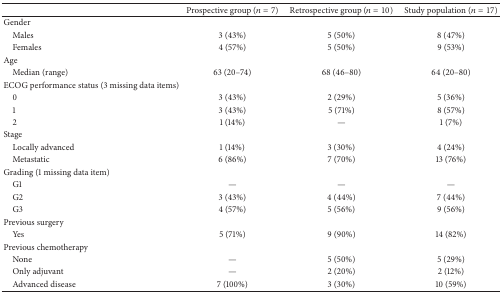
<table><thead><tr><td><b> </b></td><td><b>Prospective group (<i>n</i> = 7)</b></td><td><b>Retrospective group (<i>n</i> = 10)</b></td><td><b>Study population (<i>n</i> = 17)</b></td></tr></thead><tbody><tr><td>Gender</td><td> </td><td> </td><td> </td></tr><tr><td> Males</td><td>3 (43%)</td><td>5 (50%)</td><td>8 (47%)</td></tr><tr><td> Females</td><td>4 (57%)</td><td>5 (50%)</td><td>9 (53%)</td></tr><tr><td>Age </td><td> </td><td> </td><td> </td></tr><tr><td> Median (range)</td><td>63 (20–74)</td><td>68 (46–80)</td><td>64 (20–80)</td></tr><tr><td>ECOG performance status (3 missing data items)</td><td> </td><td> </td><td> </td></tr><tr><td> 0</td><td>3 (43%)</td><td>2 (29%)</td><td>5 (36%)</td></tr><tr><td> 1</td><td>3 (43%)</td><td>5 (71%)</td><td>8 (57%)</td></tr><tr><td> 2</td><td>1 (14%)</td><td>—</td><td>1 (7%)</td></tr><tr><td>Stage</td><td> </td><td> </td><td> </td></tr><tr><td> Locally advanced</td><td>1 (14%)</td><td>3 (30%)</td><td>4 (24%)</td></tr><tr><td> Metastatic </td><td>6 (86%)</td><td>7 (70%)</td><td>13 (76%)</td></tr><tr><td>Grading (1 missing data item)</td><td> </td><td> </td><td> </td></tr><tr><td> G1</td><td>—</td><td>—</td><td>—</td></tr><tr><td> G2</td><td>3 (43%)</td><td>4 (44%)</td><td>7 (44%)</td></tr><tr><td> G3</td><td>4 (57%)</td><td>5 (56%)</td><td>9 (56%)</td></tr><tr><td>Previous surgery</td><td> </td><td> </td><td> </td></tr><tr><td> Yes</td><td>5 (71%)</td><td>9 (90%)</td><td>14 (82%)</td></tr><tr><td>Previous chemotherapy</td><td> </td><td> </td><td> </td></tr><tr><td> None</td><td>—</td><td>5 (50%)</td><td>5 (29%)</td></tr><tr><td> Only adjuvant</td><td>—</td><td>2 (20%)</td><td>2 (12%)</td></tr><tr><td> Advanced disease</td><td>7 (100%)</td><td>3 (30%)</td><td>10 (59%)</td></tr></tbody></table>